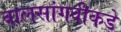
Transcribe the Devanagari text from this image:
वालसांगवीकडे